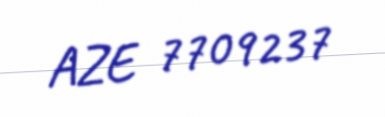
AZE 7709237